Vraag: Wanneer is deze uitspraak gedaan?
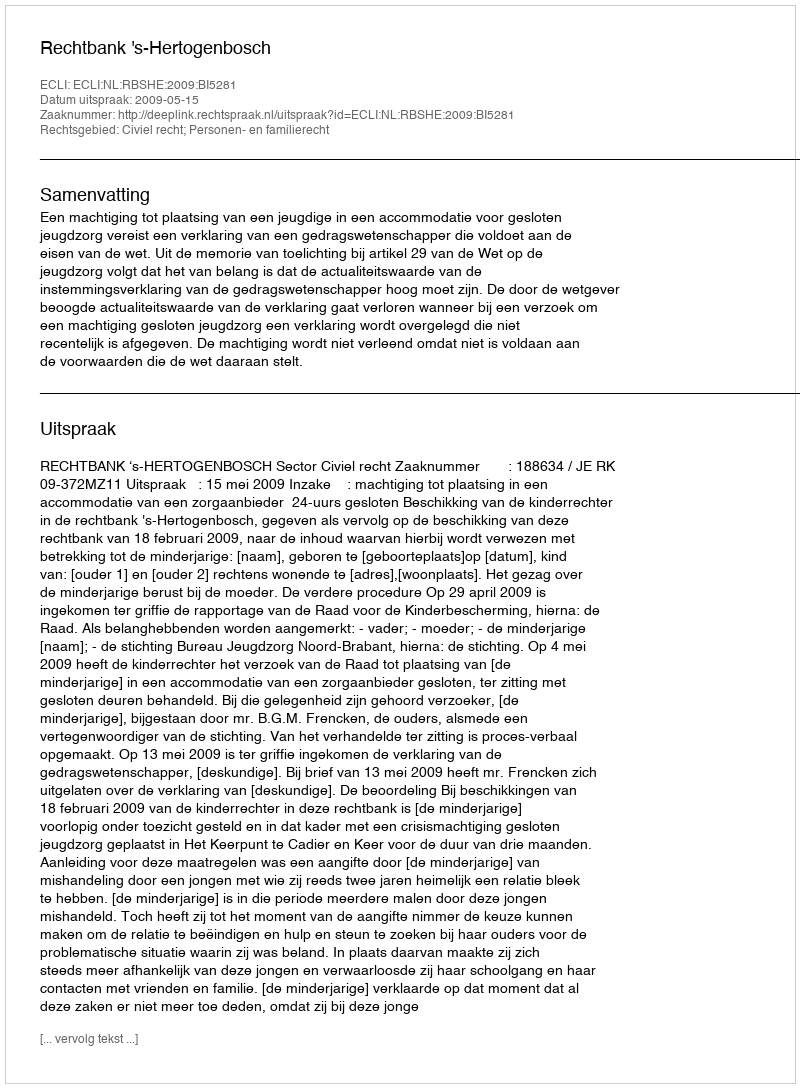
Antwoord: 2009-05-15